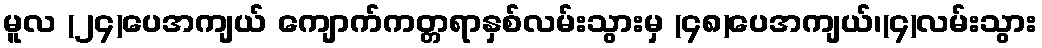
မူလ (၂၄)ပေအကျယ် ကျောက်ကတ္တရာနှစ်လမ်းသွားမှ (၄၈)ပေအကျယ်၊(၄)လမ်းသွား